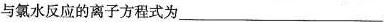
与氯水反应的离子方程式为___